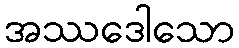
အဿဒေါသော